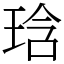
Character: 琀